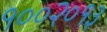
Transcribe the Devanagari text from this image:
१००२०१३